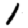
Digit: 1